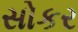
સોકર